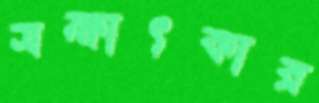
সক্ষাৎকার